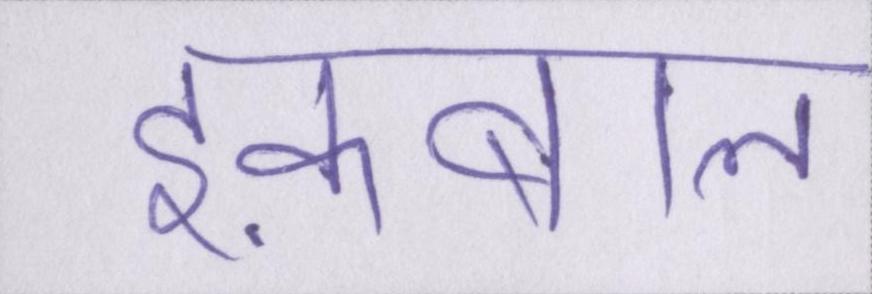
इक़बाल